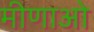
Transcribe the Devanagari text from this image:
मीणाओ